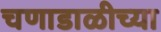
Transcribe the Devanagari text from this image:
चणाडाळीच्या